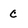
Character: c